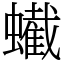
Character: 蠘